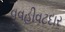
વવહીવટદાર